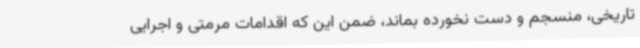
تاریخی، منسجم و دست نخورده بماند، ضمن این که اقدامات مرمتی و اجرایی